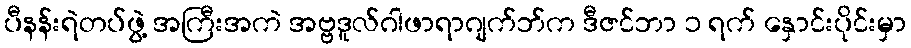
ပီနန်းရဲတပ်ဖွဲ့ အကြီးအကဲ အဗ္ဗဒူလ်ဂါဖာရာဂျက်ဘ်က ဒီဇင်ဘာ ၁ ရက် နှောင်းပိုင်းမှာ